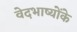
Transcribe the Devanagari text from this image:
वेदभाष्योंके